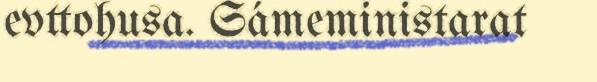
evttohusa. Sámeministarat